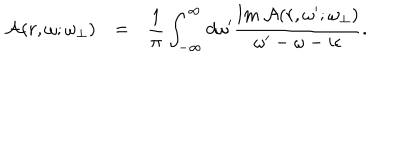
LaTeX: \begin{array} { r c l } { { { \cal A } ( r , \omega ; \omega _ { \bot } ) } } & { { = } } & { { \displaystyle \frac { 1 } { \pi } \int _ { - \infty } ^ { \infty } d \omega ^ { \prime } \frac { \mathrm { I m } ~ { \cal A } ( r , \omega ^ { \prime } ; \omega _ { \bot } ) } { \omega ^ { \prime } - \omega - i \epsilon } . } } \\ \end{array}